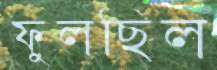
ফুলছিল